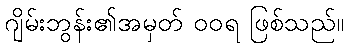
ဂျိမ်းဘွန်း၏အမှတ် ဝဝရ ဖြစ်သည်။